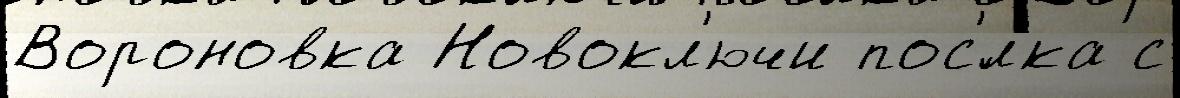
Вороновка Новокл'ючи пос'́лка с